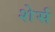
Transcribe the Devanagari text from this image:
शेर्स